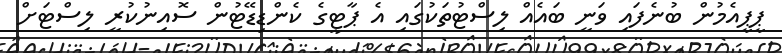
ޕީޕީއެމުން ބުނެފައި ވަނީ ބައެއް ލިސްޓުތަކުގައި އެ ޕާޓީގެ ކެންޑިޑޭޓުން ސޮއިނުކުރީ ލިސްޓަށް